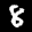
Label: 8